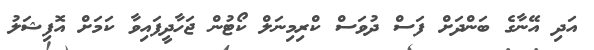
އަދި އޭނާގެ ބަންދަށް ފަސް ދުވަސް ކްރިމިނަލް ކޯޓުން ޖަހާދީފައިވާ ކަމަށް އޮފިޝަލު